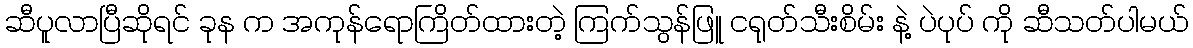
ဆီပူလာပြီဆိုရင် ခုန က အကုန်ရောကြိတ်ထားတဲ့ ကြက်သွန်ဖြူ ငရုတ်သီးစိမ်း နဲ့ ပဲပုပ် ကို ဆီသတ်ပါမယ်